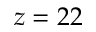
z = 2 2